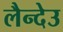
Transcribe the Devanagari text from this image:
लैन्देउ